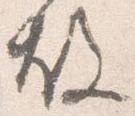
故